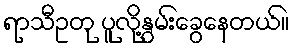
ရာသီဥတု ပူလို့နွမ်းခွေနေတယ်။